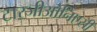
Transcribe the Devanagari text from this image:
टारजीओनिएसी